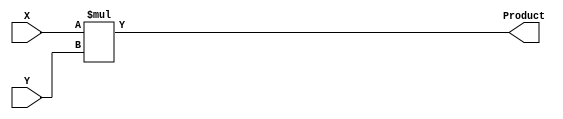
module mult_4(X, Y, Product);

    input[3:0] X, Y;
    output[7:0] Product;

    assign Product = X * Y;
    
endmodule